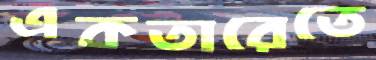
একতারেতে